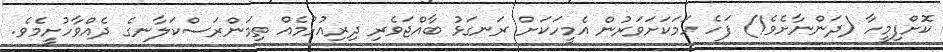
ކޮށްފިމީހާ (ދަންނާށެވެ!) ފަހެ ހަމަކަށަވަރުން އެމީހަކަށް ރަނގަޅު ބާއްޖަވެރި ދިރިއުޅުމެއް ތިމަންރަސްކަލާނގެ ދެއްވާހުށީމެވެ.